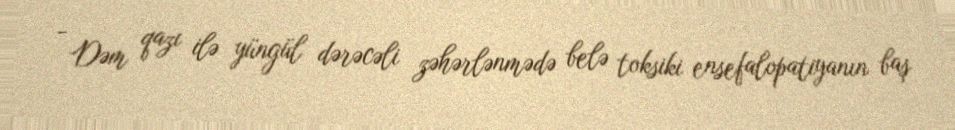
- Dəm qazı ilə yüngül dərəcəli zəhərlənmədə belə toksiki ensefalopatiyanın baş